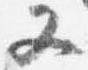
又